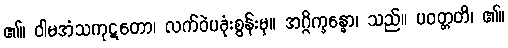
၏။ ဝါမအံသကုဋတော၊ လက်ဝဲပခုံးစွန်းမှ။ အဂ္ဂိက္ခန္ဓော၊ သည်။ ပဝတ္တတိ၊ ၏။